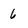
Character: 6